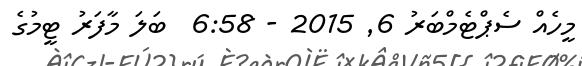
މީހެއް ސެޕްޓެމްބަރު 6